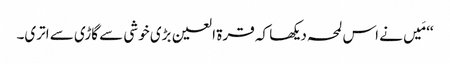
‘‘ مَیں نے اس لمحہ دیکھا کہ قرۃ العین بڑی خوشی سے گاڑی سے اتری۔